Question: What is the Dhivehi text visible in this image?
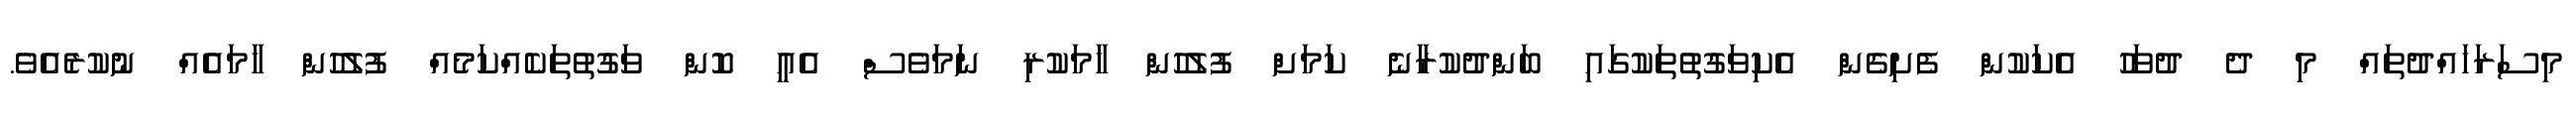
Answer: މިސަރަހައްދުތައް މި ދެ ދުވަހު އެކަކުން ފެށިގެން އެކިވަގުތުތަކުގައި ބަންދުކުރާނެ ކަމަށް ފުލުހުން ހާމަކުރި ނަމަވެސް އެއީ ކޮން ވަގުތުތަކެއްކަމެއް ފުލުހުން ހާމައެއް ނުކުރެއެވެ.